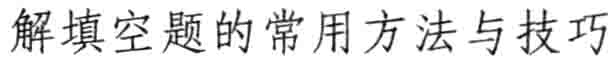
解填空题的常用方法与技巧